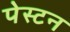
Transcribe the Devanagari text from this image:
पेस्टन